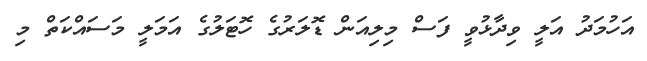
އަހުމަދު އަލީ ވިދާޅުވީ ފަސް މިލިއަން ޑޮލަރުގެ ހޮޓަލުގެ އަމަލީ މަސައްކަތް މި